Vital statistics of India. Vol. V, Reports of 1876 on armies & jails and on epidemic cholera
Year: 1876
Disease focus: Cholera
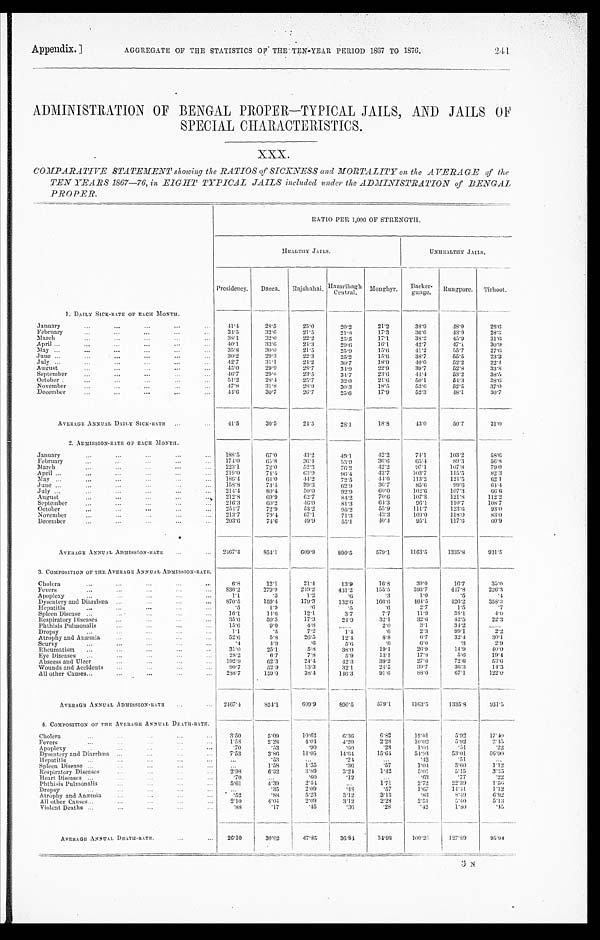
Appendix.] AGGREGATE OF THE STATISTICS OF' THE TEN-YEAR PERIOD 1867 TO 1876.
241
ADMINISTRATION OF BENGAL PROPER—TYPICAL JAILS, AND JAILS OF
SPECIAL CHARACTERISTICS.
X X X .
COMPARATIVE STATEMENT showing the RATIOS of SICKNESS and MORTALITY on the AVERAGE of the
TEN YEARS 1867—76, in EIGHT TYPICAL JAILS included under the ADMINISTRATION of BENGAL
PROPER.
RATIO PER 1,000 OF STRENGTH.
HEALTHY JAILS.
UNHEALTHY JAILS.
Presidency. Dacca. Rajshahai. Hazaribagh
Central. Monghyr. Backer- gunge. Rungpore. Tirhoot.
1. DAILY SICK-RATE OF EACH MONTH.
January
41·4
28·5
25·0
20·2
21·2
38·9
4 8 · 0
28·6
February
34·5
32·6
21·5
21·8
17·3
36·6
43·0
28·3
March
3 8 · 1 32·0
22·2
25·5
17·1
38·2
45·9
31·6
April
40·1
33·6
24·3
29·6
16·1
42·7
47·1
30·9
May
35·8
30·0
21·5
25·9
1 5 · 6
41·2
55·7
27·6
June
30·2
29·3
22·3
25·2
15·6
38·7
5 5 · 5
23·3
July
4 2 · 7
31·1
24·2
3 0 · 7
18·9
4 0 · 0
52·2
22·4
August
4 5 · 0
29·9
28·7
34·9
22·9
39·7
52·8
33·8
September
4 6 · 7
29·0
23·5
34·7
23·6
44·4
53·2
38·5
October
51·2
28·4
25·7
32·0
21·6
50·1
54·3
38·6
November
47·8
31·8
28·9
30·3
18·5
53·6
52·5
37·0
December
44·6
30·7
26·7
25·6
17·9
52·3
48·1
30·7
AVERAGE ANNUAL DAILY SICK-RATE
41·5
30·5
24·5
28·1
18·8
43·0
50·7
31·0
2. ADMISSION-RATE OF EACH MONTH.
January
188·5
6 7 · 0
43·2
4 9 · 1
4 2 · 2
74·1
1 0 3 · 2 58·6
February
174·0
65·8
3 6 · 4
53·9
3 6 · 6
6 5 · 4
89·3
56·8
March
223·1
72·0
52·3
76·2
42·2
9 7 · 1
107·8
79·0
April
219·0
7 4 · 4
63·9
96·4
42·7
103·7
115·5
82·3
May
186·4
6 4 · 0
44·2
7 2 · 5
44·0
113·2
121·5
6 2 · 1
June
158·8
73·4
39·3
6 2 · 9
36·7
8 5 · 6
99·6
6 4 · 4
July
214·4
80·4
50·0
9 2 · 9
6 0 · 0
1 0 2 · 6
107·3
6 6 · 6
August
212·8
69·9
62·7
8 4 · 2
7 0 · 6
107·8
121·8
112·2
September
216·3
60·2
4 6 · 0
81·3
6 4 · 3
9 6 · 1
110·7
108·7
October
254·7
72·9
53·2
95·2
55·9
111·7
123·6
93·0
November
213·7
79·4
67·1
71·3
43·3
109·0
118·0
83·0
December
203·6
74·6
4 9 · 9
5 5 · 1
4 0 · 4
95·1
117·6
60·9
A V E R A G E A N N U A L A D M I S S I O N - R A T E
2467·4
854·1
609·9
890·5
579·1
1163·5
1335
·8
931·5
3. COMPOSITION OF THE AVERAGE ANNUAL ADMISSION-RATE.
Cholera
6·8
1 2 · 1
21·4
13·9
16·8
39·0
16·7
35·0
Fevers
836·2
279·9
249·2
431·2
155·5
393·7
447·8
226·3
Apoplexy
1·1
· 5
1·2
· 6
· 3
1·0
·5
· 4
Dysentery and Diarrhœa
870·5
159·4
179·3
132·6
1 6 6 · 6
4 6 4 · 5
426·2
3 5 8 · 3
Hepatitis
· 5
1·9
· 6
·5
· 6
2 · 7
1 · 5
·7
Spleen Disease
16·1
14·6
1 2 · 1
3·7
7·7
11·9
38·1
4 · 0
Respiratory Diseases
35·0
59·5
17·3
24·0
32·1
32·6
42·5
22·3
Phthisis Pulmonalis
15·6
9·0
4·8
......
2 · 0
3·1
34·2
. . . . . .
Dropsy
1·1
·5
7·2
1·4
· 6
2·3
99·1
2 · 2
Atrophy and Anæmia
52·6
5·8
26·5
12·4
8·8
6·7
32·4.
30·1
Scurvy
·4
4·9
·6
5·9
· 6
6 · 0
· 3
2·9
Rheumatism
31·0
25·1
5·8
38·0
1 9 · 1
26·9
14·9
4 0 · 0
Eye Diseases
28·2
6·7
7·8
5·9
13·1.
17·8
5·6
1 9 · 4
Abscess and Ulcer
192·9
62·3
24·4
42·3
39·2
27·6
72·6
53·6
Wounds and Accidents
90·7
52·9
13·3
32·1
24·5
39·7
36·3
14·3
All other Causes
288·7
159·0
38·4
146·3
91·6
88·0
67·1
122·0
AVERAGE ANNUAL ADMISSION-RATE
2467·4
854·1
609·9
890·5
579·1
1163·5
1335·8
931·5
4. COMPOSITION OF THE AVERAGE ANNUAL DEATH-RATE.
Cholera
3·50
5·09
10·62
6 · 3 6
6·82
19·01
5·92
17·40
Fevers
.1·58
2·28
4·04
4·20
2·28
10·02
5·92
2 · 4 5
Apoplexy
·70
·53
·90
· 6 0
· 2 8
1·04
·51
· 2 2
Dysentery and Diarrhœa
7·53
3·86
14·05
14·64
15·64
54·93
53·01
5 6 · 0 0
Hepatitis
...
·53
. . .
· 2 4
...
·42
·51
...
Spleen Disease
. . . 1·58
1·35
·36
·57
1·04
3 · 6 0
1·12
Respiratory Diseases
2·98
6·32
3·89
3·24
1·42
5·01
5·15
3·35
Heart Diseases
·70
. . .
·60
·12
. . .
·63
·77
·22
Phthisis Pulmonalis
5·61
4·39
2·54
. . .
1·71
2·72
22·39
1·56
Dropsy
. . .
·35
2 · 0 9
· 4 8
·57
1·67
14·41.
1·12
Atrophy and Anæmia
·52
·88
5·23
3·12
3·13
·83
8·49
6 · 9 2
All other Causes
2·10
4·04
2·09
3·12
2·28
2·51
5·40
5·13
Violent Deaths
·88
·17
· 4 5
·36
·28
·42
1·80
·45
AVERAGE ANNUAL DEATH-RATE.
26·10
30·02
47·85
3 6 · 8 4
3 4 · 9 8
100·26
127·89
95·94
3 N